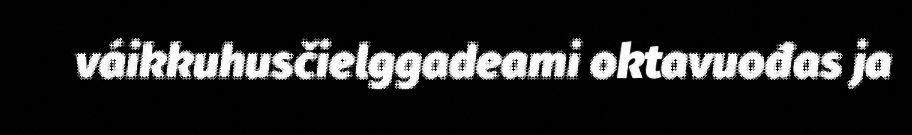
váikkuhusčielggadeami oktavuođas ja